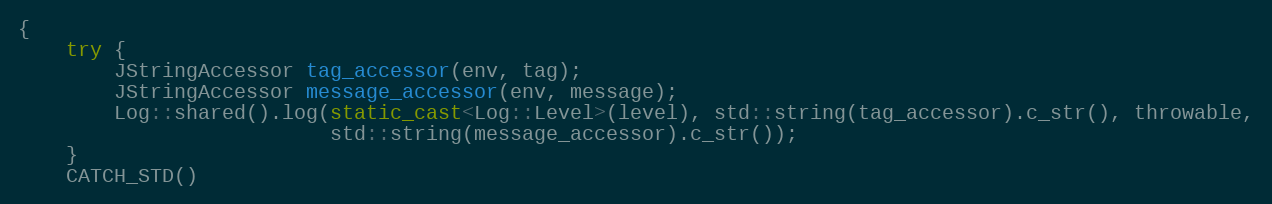
Language: C++
{
    try {
        JStringAccessor tag_accessor(env, tag);
        JStringAccessor message_accessor(env, message);
        Log::shared().log(static_cast<Log::Level>(level), std::string(tag_accessor).c_str(), throwable,
                          std::string(message_accessor).c_str());
    }
    CATCH_STD()